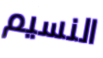
النسيم